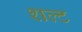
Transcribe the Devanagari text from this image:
शल्ट